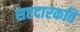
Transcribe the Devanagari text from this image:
सरदारकवि